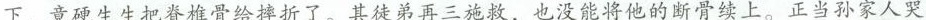
下，竟硬生生把脊椎骨给摔折了。其徒弟再三施救，也没能将他的断骨续上。正当孙家人哭